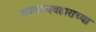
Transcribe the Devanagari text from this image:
राज्यव्यवहाराच्या